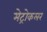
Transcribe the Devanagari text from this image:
मेट्रोकलर